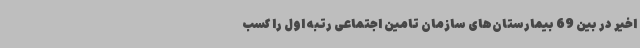
اخیر در بین 69 بیمارستان‌های سازمان تامین اجتماعی رتبه اول را کسب